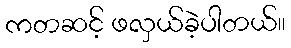
ကတဆင့် ဖလှယ်ခဲ့ပါတယ်။